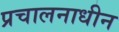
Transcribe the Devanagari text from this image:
प्रचालनाधीन